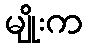
မျိုးက